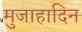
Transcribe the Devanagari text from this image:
मुजाहादिन